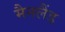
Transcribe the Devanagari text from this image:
मैनलैंड